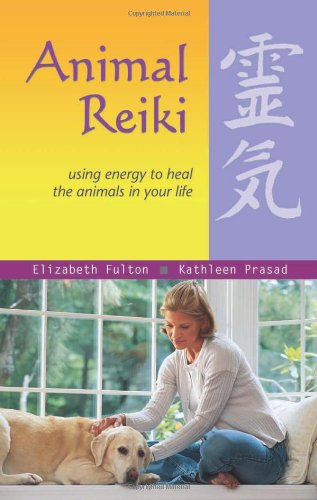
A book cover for Animal Reiki: Using Energy to Heal the Animals in Your Life; Elizabeth Fulton; Health, Fitness & Dieting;